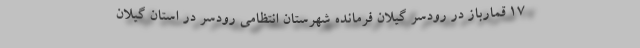
۱۷ قمارباز در رودسر گیلان فرمانده شهرستان انتظامی رودسر در استان گیلان